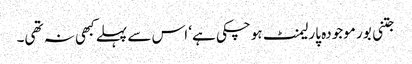
جتنی بور موجودہ پارلیمنٹ ہوچکی ہے‘ اس سے پہلے کبھی نہ تھی۔